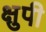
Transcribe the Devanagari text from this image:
क्षुपी